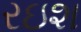
રઇશ